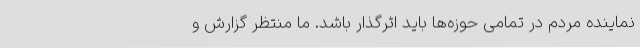
نماینده مردم در تمامی حوزه‌ها باید اثرگذار باشد. ما منتظر گزارش و